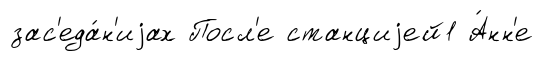
зас'еда́н'иjах Посл'е станциjей1 А́нн'е